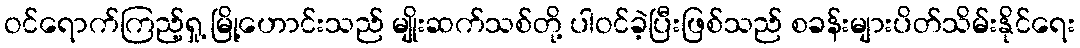
ဝင်ရောက်ကြည့်ရှု့ မြို့ဟောင်းသည် မျိုးဆက်သစ်တို့ ပါဝင်ခဲ့ပြီးဖြစ်သည် စခန်းများပိတ်သိမ်းနိုင်ရေး